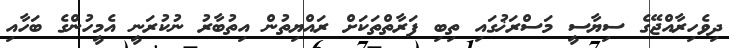
ދިވެހިރާއްޖޭގެ ސިޔާސީ މަސްރަޚުގައި ތިބި ފަރާތްތަކަށް ރައްޔިތުން އިތުބާރު ނުކުރަނީ އެމީހުންގެ ބަހާއި